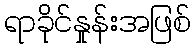
ရာခိုင်နှုန်းအဖြစ်